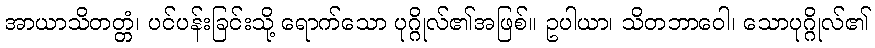
အာယာသိတတ္တံ၊ ပင်ပန်းခြင်းသို့ ရောက်သော ပုဂ္ဂိုလ်၏အဖြစ်။ ဥပါယာ၊ သိတဘာဝေါ၊ သောပုဂ္ဂိုလ်၏